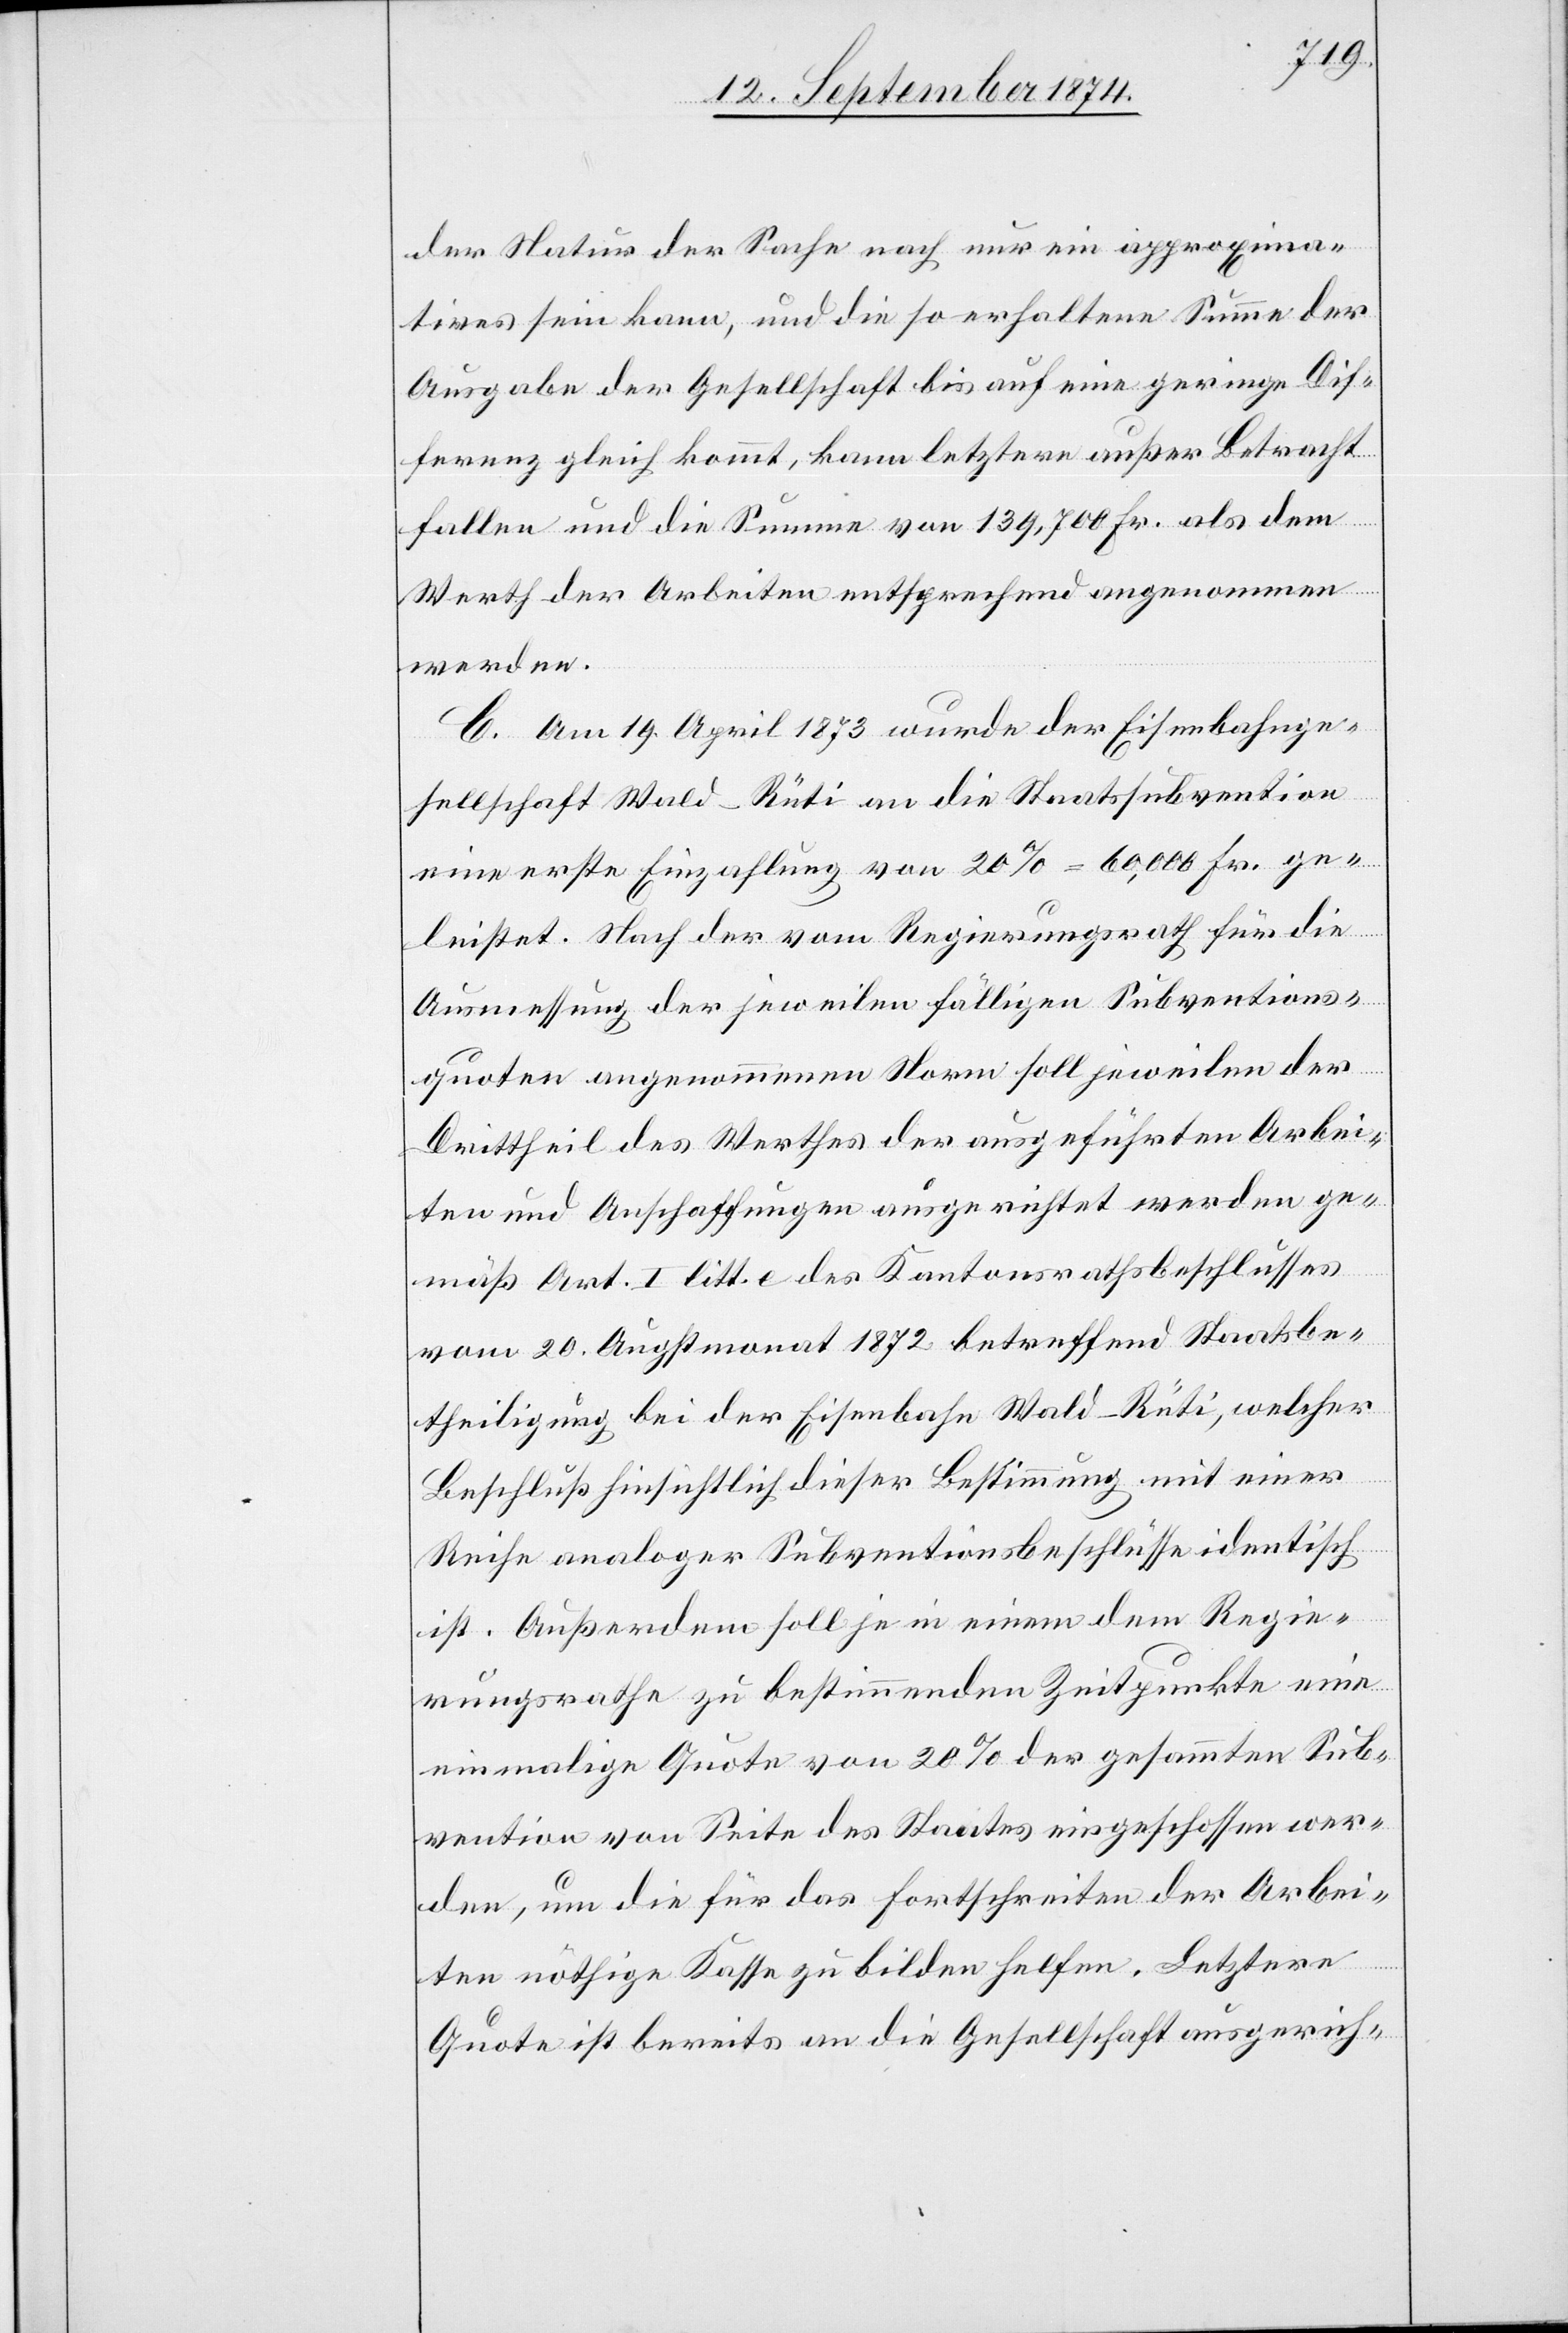
der Natur der Sache nach nur ein approxima¬
tives sein kann, und die so erhaltene Summe der
Ausgabe der Gesellschaft bis auf eine geringe Dif¬
ferenz gleich kommt, kann letztere außer Betracht
fallen und die Summe von 139,700 Fr. als dem
Werth der Arbeiten entsprechend angenommen
werden.
C. Am 19. April 1873 wurde der Eisenbahnge¬
sellschaft Wald–Rüti an die Staatssubvention
eine erste Einzahlung von 20% = 60,000 Fr. ge¬
leistet. Nach der vom Regierungsrath für die
Ausmessung der jeweilen fälligen Subventions¬
quoten angenommenen Norm soll jeweilen der
Drittheil des Werthes der ausgeführten Arbei¬
ten und Anschaffungen ausgerichtet werden ge¬
mäß Art. I litt. e des Kantonsrathsbeschlusses
vom 20. Augstmonat 1872 betreffend Staatsbe¬
theiligung bei der Eisenbahn Wald–Rüti, welcher
Beschluß hinsichtlich dieser Bestimmung mit einer
Reihe analoger Subventionsbeschlüsse identisch
ist. Außerdem soll je in einem dem Regie¬
rungsrathe zu bestimmenden Zeitpunkte eine
einmalige Quote von 20% der gesammten Sub¬
vention von Seite des Staates eingeschossen wer¬
den, um die für das Fortschreiten der Arbei¬
ten nöthige Kasse zu bilden helfen. Letztere
Quote ist bereits an die Gesellschaft ausgerich-